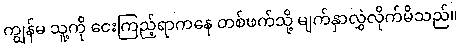
ကျွန်မ သူ့ကို ငေးကြည့်ရာကနေ တစ်ဖက်သို့ မျက်နှာလွှဲလိုက်မိသည်။